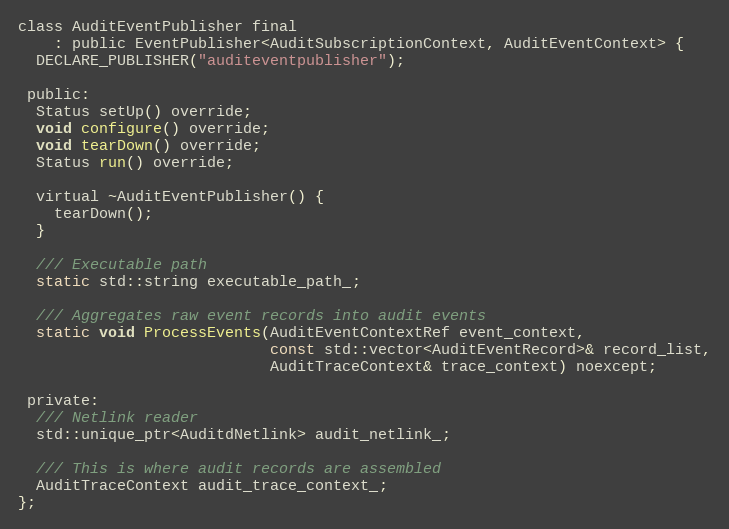
Language: C
class AuditEventPublisher final
    : public EventPublisher<AuditSubscriptionContext, AuditEventContext> {
  DECLARE_PUBLISHER("auditeventpublisher");

 public:
  Status setUp() override;
  void configure() override;
  void tearDown() override;
  Status run() override;

  virtual ~AuditEventPublisher() {
    tearDown();
  }

  /// Executable path
  static std::string executable_path_;

  /// Aggregates raw event records into audit events
  static void ProcessEvents(AuditEventContextRef event_context,
                            const std::vector<AuditEventRecord>& record_list,
                            AuditTraceContext& trace_context) noexcept;

 private:
  /// Netlink reader
  std::unique_ptr<AuditdNetlink> audit_netlink_;

  /// This is where audit records are assembled
  AuditTraceContext audit_trace_context_;
};